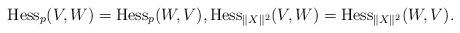
LaTeX: \begin{align*}\operatorname{Hess}_{p}(V,W)=\operatorname{Hess}_{p}(W,V),\operatorname{Hess}_{\|X\|^{2}}(V,W)=\operatorname{Hess}_{\|X\|^{2}}(W,V).\end{align*}